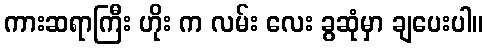
ကားဆရာကြီး ဟိုး က လမ်း လေး ခွဆုံမှာ ချပေးပါ။